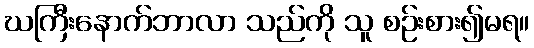
ဃကြီးနောက်ဘာလာ သည်ကို သူ စဉ်းစား၍မရ။